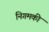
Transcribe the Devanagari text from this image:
निगमकी